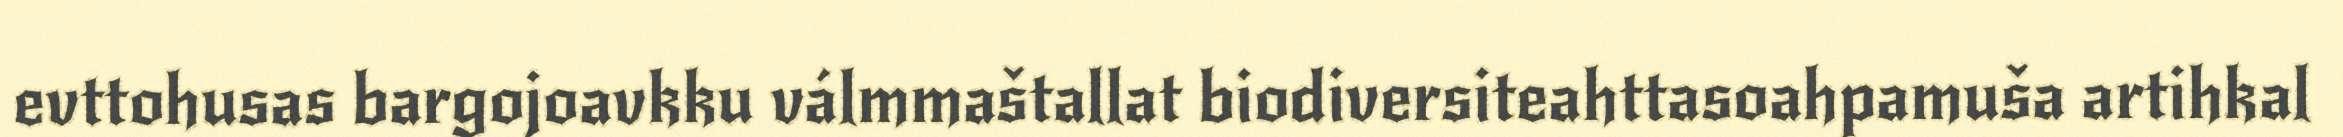
evttohusas bargojoavkku válmmaštallat biodiversiteahttasoahpamuša artihkal